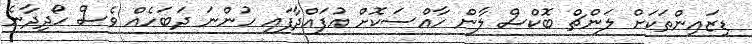
ޑިޒައިންތަކަށް ލަންޗް ބޮކްސް ލާން ހާއްސަކޮށް އުފައްދާފައި ހުންނަ ދަބަހެއް ވެސް ހޯދިދާނެ